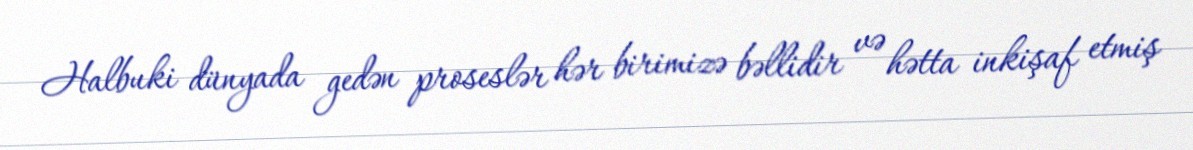
Halbuki dünyada gedən proseslər hər birimizə bəllidir və hətta inkişaf etmiş